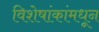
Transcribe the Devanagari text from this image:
विशेषांकांमधून